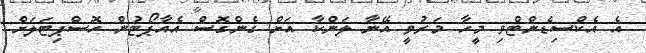
އެ އެކްސިޑެންޓްވި މީހާ މަރުވީ އޭނާ ލަންކާ އަށް ގެންގޮސް އެއާޕޯޓުން ހޮސްޕިޓަލަށް